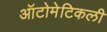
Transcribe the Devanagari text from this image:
ऑटोमेटिकली